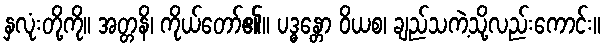
နှလုံးတို့ကို။ အတ္တနိ၊ ကိုယ်တော်၏။ ပဒ္ဓန္တော ဝိယစ၊ ချည်သကဲ့သို့လည်းကောင်း။